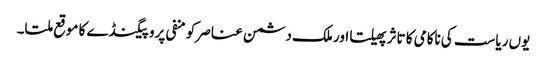
یوں ریاست کی ناکامی کا تاثر پھیلتا اور ملک دشمن عناصر کو منفی پروپیگنڈے کا موقع ملتا۔